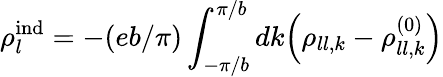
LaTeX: \rho_{l}^{\mathrm{ind}}=-(eb/\pi)\int_{-\pi/b}^{\pi/b}dk\mathopen{}\left(\rho_{ll,k}-\rho_{ll,k}^{(0)}\right)\mathclose{}